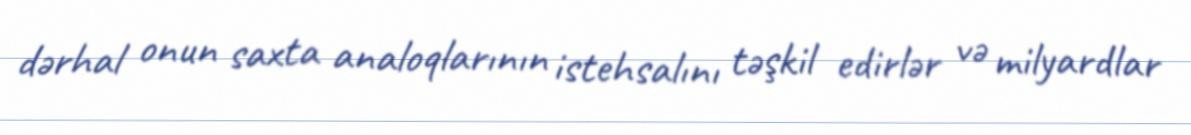
dərhal onun saxta analoqlarının istehsalını təşkil edirlər və milyardlar